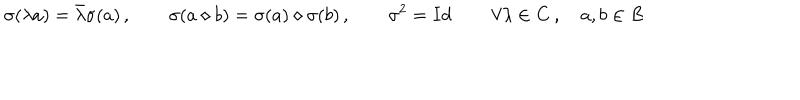
LaTeX: \sigma ( \lambda a ) = \bar { \lambda } \sigma ( a ) \, , \qquad \sigma ( a \diamond b ) = \sigma ( a ) \diamond \sigma ( b ) \, , \qquad \sigma ^ { 2 } = I d \, \qquad \forall \lambda \in \mathbf { C } \, , \quad a , b \in B